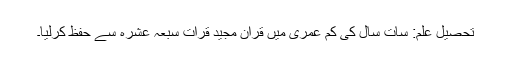
تحصیلِ علم: سات سال کی کم عمری میں قرآنِ مجید قرأتِ سبعہ عشرہ سے حفظ کرلیا۔